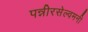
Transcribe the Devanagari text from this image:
पन्नीरसेल्वमनी